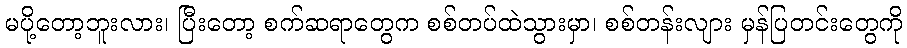
မပို့တော့ဘူးလား၊ ပြီးတော့ စက်ဆရာတွေက စစ်တပ်ထဲသွားမှာ၊ စစ်တန်းလျား မှန်ပြတင်းတွေကို